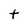
Character: t